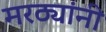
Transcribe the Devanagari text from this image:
मरठ्यांनी